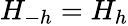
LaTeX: H_{-h}=H_{h}